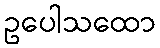
ဥပေါသထော